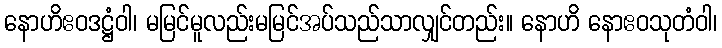
နောဟိဧဝဒဋ္ဌံဝါ၊ မမြင်မူလည်းမမြင်အပ်သည်သာလျှင်တည်း။ နောဟိ နောဧဝသုတံဝါ၊